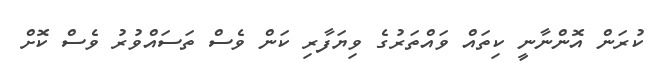
ކުރަން އޮންނާނީ ކިތައް ވައްތަރުގެ ވިޔަފާރި ކަން ވެސް ތަސައްވުރު ވެސް ކޮށް